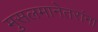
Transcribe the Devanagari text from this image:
मुसलमानेतरांना